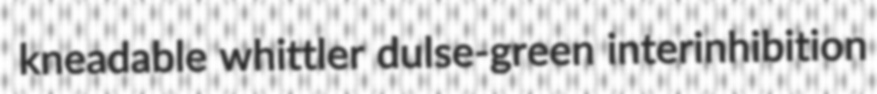
kneadable whittler dulse-green interinhibition